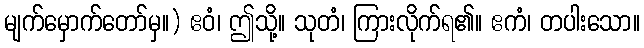
မျက်မှောက်တော်မှ။) ဧဝံ၊ ဤသို့။ သုတံ၊ ကြားလိုက်ရ၏။ ဧကံ၊ တပါးသော။